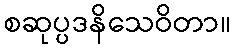
စဆုပ္ပဒနိသေဝိတာ။